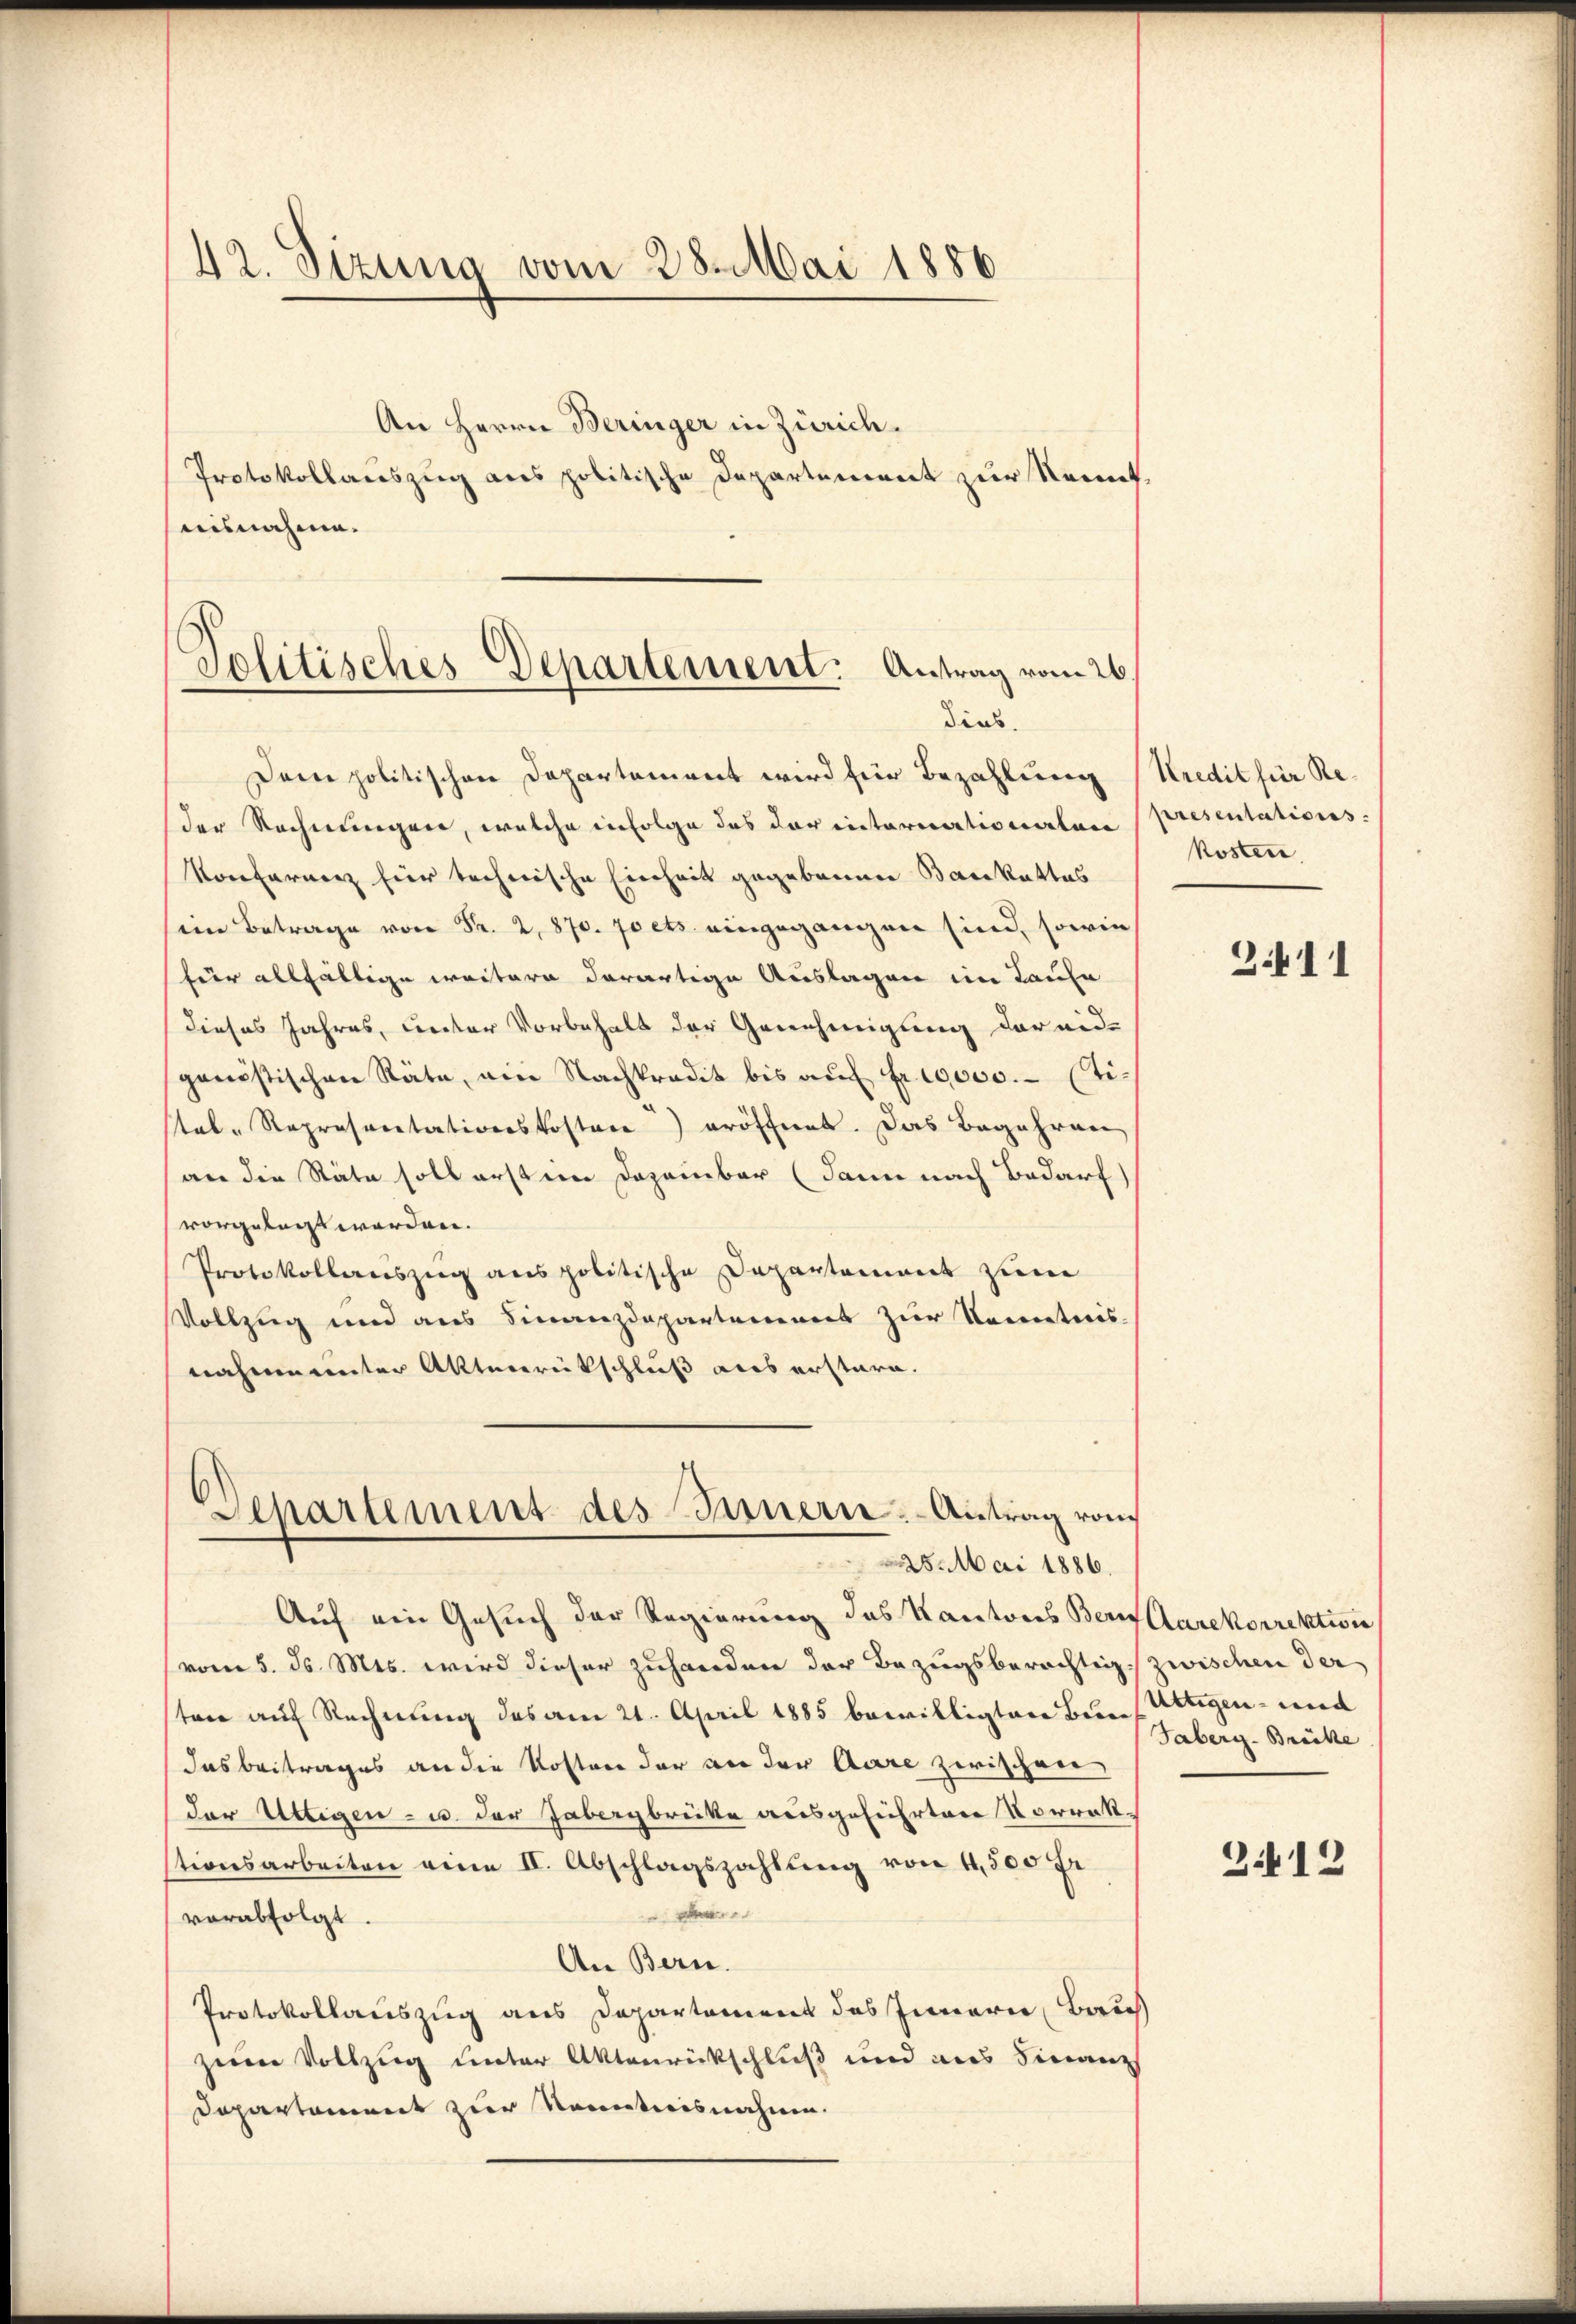
42. Sizung vom 28. Mai 1886

An Herrn Beringer in Zürich.
Protokollauszug aus politische Departement zur Kennt,
nisnahme.
Solitisches Departement: Antrag vom 26.

dias.

Dein politischen Departement wird für Bezahlung
der Rechnungen, welche infolge des der internationalen
Konferenz für technische Einheit gegebenen Barkattas
im Betrag gegangen sind, sowie
für allfällige weitern derartige Auslagen im Laufe
dieses Jahres, unter Vorbehalt der Genehmigung der eid-
genössischen Räte, ein Nachkredit bis auf Fr. 10000.- (Tital-Repräsentationskosten) eröffnet. Das Begehren
an die Räte soll erst im Dezember (dann nach Bedarf
vorgelangt werden.
Protokollauszug aus politische Departement zum
Vollzug und aus Finanzdepartement zur Kenntnis-
nahme unter Aktenrückschluß als erstern.
Separtement des Innern: Antrag von
25. Mai 1886.
Auf ein Gesuch der Regierung des Kantons Berollarekorrektivie
vom 5. ds. Mts. wird dieser zuhanden der Bezugsberichtig zwischen der
sten auf Rechnung des am 21. April 1885 bewilligten Bern (Utigen- und
das Beitrages an die Kosten der an der Aare zwischeer
der Uttigen - u. der abergbrücke ausgeführtere Vorrakstionsarbeiten eine II. Abschlagszahlung von 4,500 fr
d
verabfolgt
An Bern.
Protokollauszug aus Departement des Innern Bauh
zum Vollzug unter Aktenrückschluß und aus Finanz
Dapartement zur Kenntnisnahme.

Kredit für Representations
kosten

3411

Taberg- Brücke

2.12